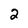
Character: 2